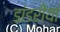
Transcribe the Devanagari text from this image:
डांडरीयां